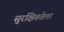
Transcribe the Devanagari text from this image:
सुरक्षिततेला